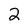
Character: 2